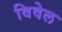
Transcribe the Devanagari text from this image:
विवेल